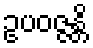
ဥပဝဇ္ဇန္တိ